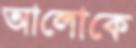
আলোকে